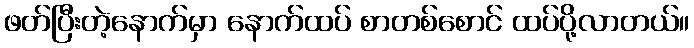
ဖတ်ပြီးတဲ့နောက်မှာ နောက်ထပ် စာတစ်စောင် ထပ်ပို့လာတယ်။